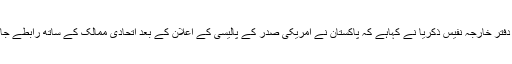
ترجمان دفتر خارجہ نفیس ذکریا نے کہاہے کہ پاکستان نے امریکی صدر کے پالیسی کے اعلان کے بعد اتحادی ممالک کے ساتھ رابطے جاری ہیں۔